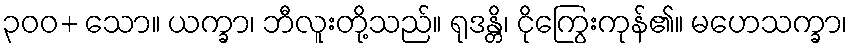
၃၀၀+ သော။ ယက္ခာ၊ ဘီလူးတို့သည်။ ရုဒန္တိ၊ ငိုကြွေးကုန်၏။ မဟေသက္ခာ၊